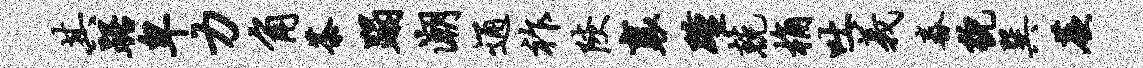
其踞卑力角茶蹋潮通祚陕襄踵兢桷吐义舂貌巽蕨